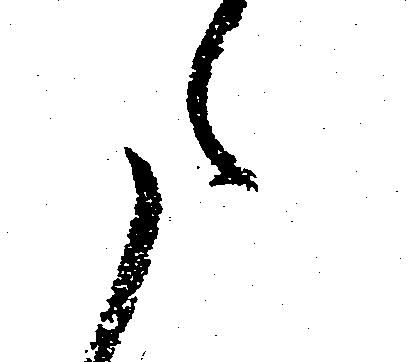
た